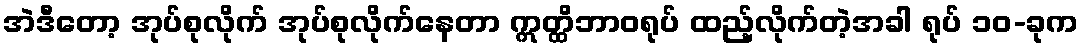
အဲဒီတော့ အုပ်စုလိုက် အုပ်စုလိုက်နေတာ ဣတ္ထိဘာဝရုပ် ထည့်လိုက်တဲ့အခါ ရုပ် ၁၀-ခုက